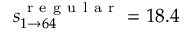
s _ { 1 \rightarrow 6 4 } ^ { \mathrm { ~ r ~ e ~ g ~ u ~ l ~ a ~ r ~ } } = 1 8 . 4